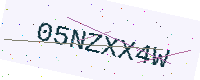
Text: 05NZXX4W